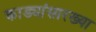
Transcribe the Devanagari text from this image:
काड्यांसारख्या